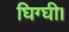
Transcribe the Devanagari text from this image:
घिग्घी।